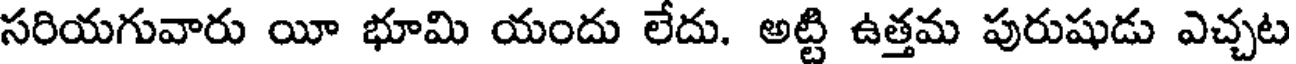
సరియగువారు యీ భూమి యందు లేదు. అట్టి ఉత్తమ పురుషుడు ఎచ్చట